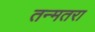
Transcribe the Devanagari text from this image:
तन्मतरा